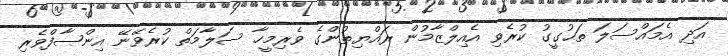
އަދި އެމައްސަލަ ތަޙުގީގު ކުރެވި އެއިލްޒާމުން ރައްޔިތުންގެ ވެރިމީހާ ސަލާމަތް ކުރެވޭނޭ އިންޞާފްވެރި